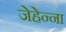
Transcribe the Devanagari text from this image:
जेहेन्ना